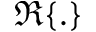
\Re \{ . \}